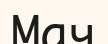
Мач